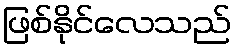
ဖြစ်နိုင်လေသည်